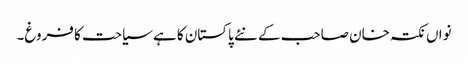
نواں نکتہ خان صاحب کے نئے پاکستان کا ہے سیاحت کا فروغ۔